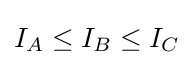
I_{A}\leq I_{B}\leq I_{C}